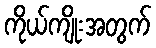
ကိုယ်ကျိုးအတွက်